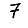
Digit: 7